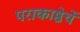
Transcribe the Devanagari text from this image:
पराकाष्ठेचें